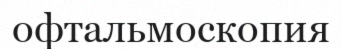
офтальмоскопия